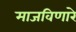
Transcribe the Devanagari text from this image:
माजविणारे